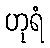
ဟုရံ